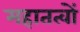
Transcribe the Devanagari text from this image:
महातत्वों